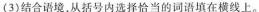
(3) 结合语境，从括号内选择恰当的词语填在横线上。